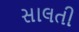
સાલતી